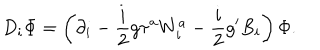
LaTeX: D _ { i } \Phi = \left( \partial _ { i } - \frac { i } { 2 } g \tau ^ { a } W _ { i } ^ { a } - \frac { i } { 2 } g ^ { \prime } B _ { i } \right) \Phi .